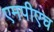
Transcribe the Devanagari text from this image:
एमपीएच